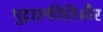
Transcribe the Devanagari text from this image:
मुद्रास्फीतिऔर